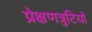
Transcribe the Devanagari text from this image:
प्रेक्षणत्रुटियों